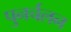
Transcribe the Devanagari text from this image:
पुनर्चलन